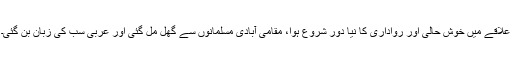
علاقے میں خوش حالی اور رواداری کا نیا دور شروع ہوا، مقامی آبادی مسلمانوں سے گھل مل گئی اور عربی سب کی زبان بن گئی۔